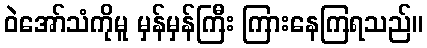
ဝဲအော်သံကိုမူ မှန်မှန်ကြီး ကြားနေကြရသည်။